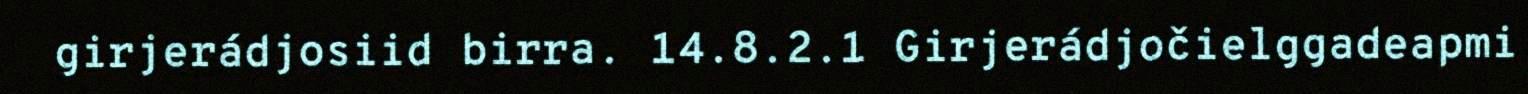
girjerádjosiid birra. 14.8.2.1 Girjerádjočielggadeapmi